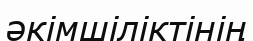
әкімшіліктінің